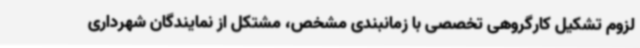
لزوم تشکیل کارگروهی تخصصی با زمانبندی مشخص، مشتکل از نمایندگان شهرداری